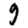
Digit: 9